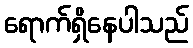
ရောက်ရှိနေပါသည်